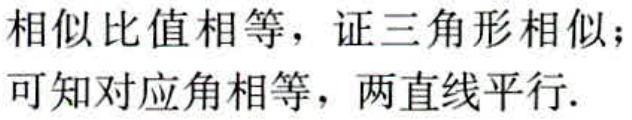
相似比值相等，证三角形相似；
可知对应角相等，两直线平行.